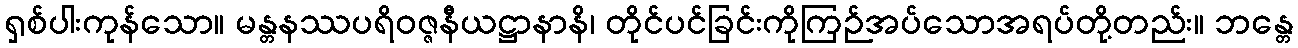
ရှစ်ပါးကုန်သော။ မန္တနဿပရိဝဇ္ဇနီယဋ္ဌာနာနိ၊ တိုင်ပင်ခြင်းကိုကြဉ်အပ်သောအရပ်တို့တည်း။ ဘန္တေ